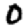
Digit: 0